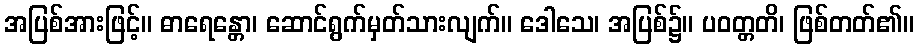
အပြစ်အားဖြင့်။ ဓာရေန္တော၊ ဆောင်ရွက်မှတ်သားလျက်။ ဒေါသေ၊ အပြစ်၌။ ပဝတ္တတိ၊ ဖြစ်တတ်၏။